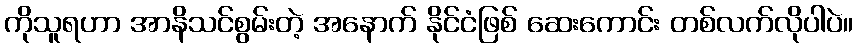
ကိုသူရဟာ အာနိသင်စွမ်းတဲ့ အနောက် နိုင်ငံဖြစ် ဆေးကောင်း တစ်လက်လိုပါပဲ။